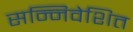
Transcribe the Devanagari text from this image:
सन्निवेशित